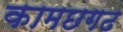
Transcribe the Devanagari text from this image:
कामछगढ